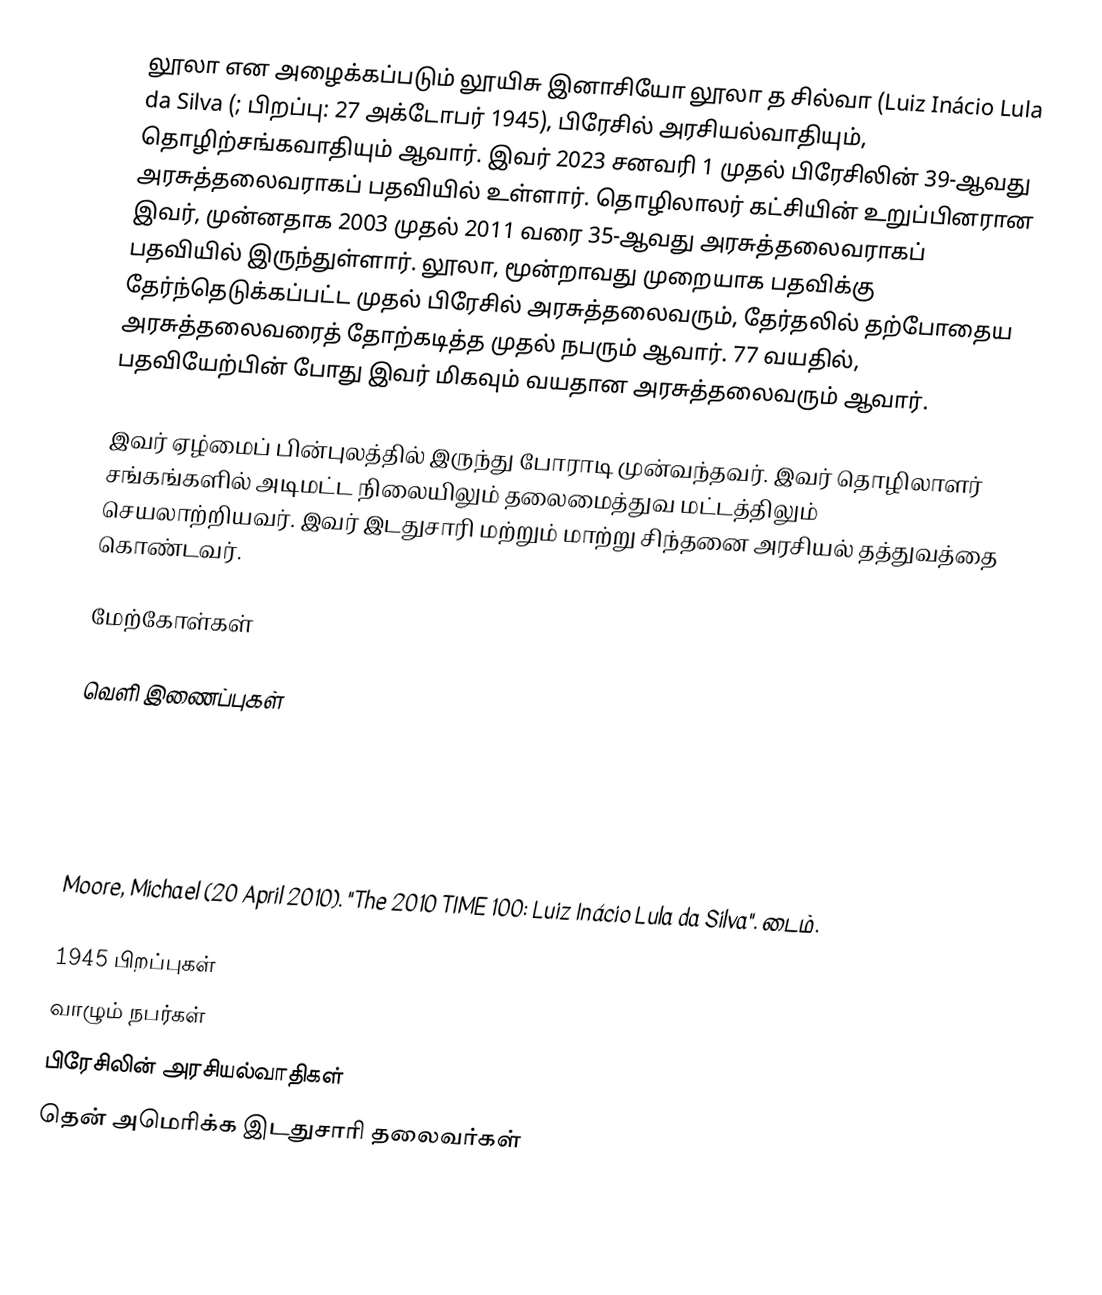
லூலா என அழைக்கப்படும் லூயிசு இனாசியோ லூலா த சில்வா (Luiz Inácio Lula da Silva (; பிறப்பு: 27 அக்டோபர் 1945), பிரேசில் அரசியல்வாதியும், தொழிற்சங்கவாதியும் ஆவார். இவர் 2023 சனவரி 1 முதல் பிரேசிலின் 39-ஆவது அரசுத்தலைவராகப் பதவியில் உள்ளார். தொழிலாலர் கட்சியின் உறுப்பினரான இவர், முன்னதாக 2003 முதல் 2011 வரை 35-ஆவது அரசுத்தலைவராகப் பதவியில் இருந்துள்ளார். லூலா, மூன்றாவது முறையாக பதவிக்கு தேர்ந்தெடுக்கப்பட்ட முதல் பிரேசில் அரசுத்தலைவரும், தேர்தலில் தற்போதைய அரசுத்தலைவரைத் தோற்கடித்த முதல் நபரும் ஆவார். 77 வயதில், பதவியேற்பின் போது இவர் மிகவும் வயதான அரசுத்தலைவரும் ஆவார்.

இவர் ஏழ்மைப் பின்புலத்தில் இருந்து போராடி முன்வந்தவர். இவர் தொழிலாளர் சங்கங்களில் அடிமட்ட நிலையிலும் தலைமைத்துவ மட்டத்திலும் செயலாற்றியவர். இவர் இடதுசாரி மற்றும் மாற்று சிந்தனை அரசியல் தத்துவத்தை கொண்டவர்.

மேற்கோள்கள்

வெளி இணைப்புகள்

 Luiz Inácio Lula da Silva's official page on Facebook

 Profile: Luiz Inácio Lula da Silva. BBC News. 28 January 2010.
 Moore, Michael (20 April 2010). "The 2010 TIME 100: Luiz Inácio Lula da Silva". டைம்.

1945 பிறப்புகள்
வாழும் நபர்கள்
பிரேசிலின் அரசியல்வாதிகள்
தென் அமெரிக்க இடதுசாரி தலைவர்கள்